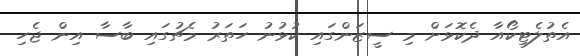
އެތުލެޓިކޯއާ ދެކޮޅަށް މި ސީޒަންގައި ކުޅުނު ހަތަރު މެޗުގައި ބާސާ އިން ޖެހި